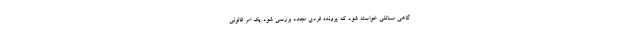
گاهی مسائلی خواسته شود که پرونده فردی مجدد بررسی شود یک امر قانونی